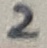
Text: 2